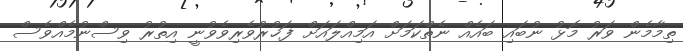
ތިމާމެން ވަރު މޮޅު ނުބައި ބައެއް ނެތްކަމަށް އަމިއްލައަށް ފަޚުރުވެރިވެވުނީ އިތުރު ވިސްނުމެއްވެސް